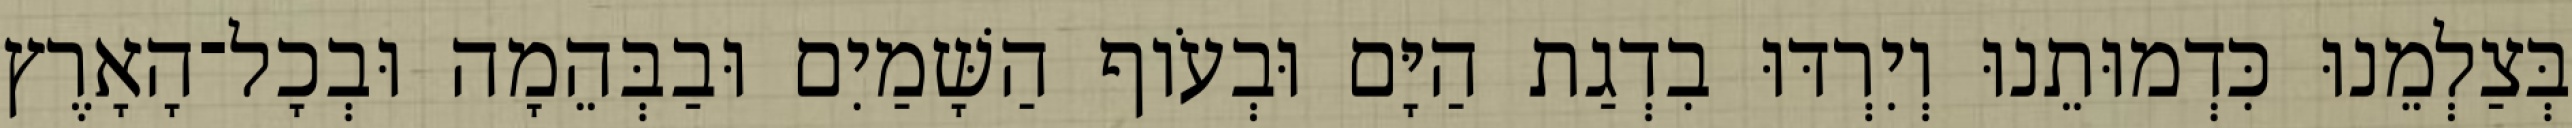
בְּצַלְמֵנוּ כִּדְמוּתֵנוּ וְיִרְדּוּ בִדְגַת הַיָּם וּבְעֹוף הַשָּׁמַיִם וּבַבְּהֵמָה וּבְכָל־הָאָרֶץ